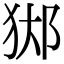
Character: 𨛊